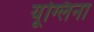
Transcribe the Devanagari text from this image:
यूग्लिना